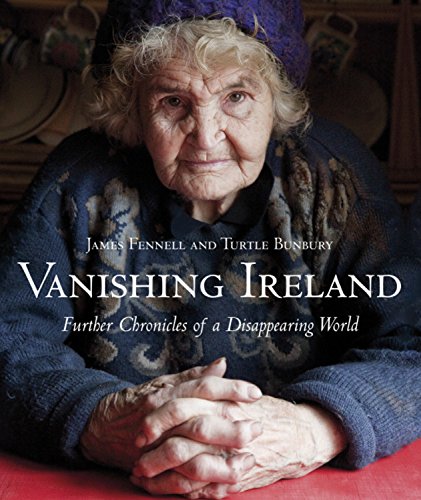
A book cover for Vanishing Ireland: Further Chronicles of a Disappearing World; Turtle Bunbury; Biographies & Memoirs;